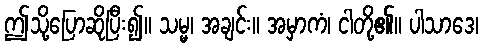
ဤသို့ပြောဆိုပြီး၍။ သမ္မ၊ အချင်း။ အမှာကံ၊ ငါတို့၏။ ပါသာဒေ၊